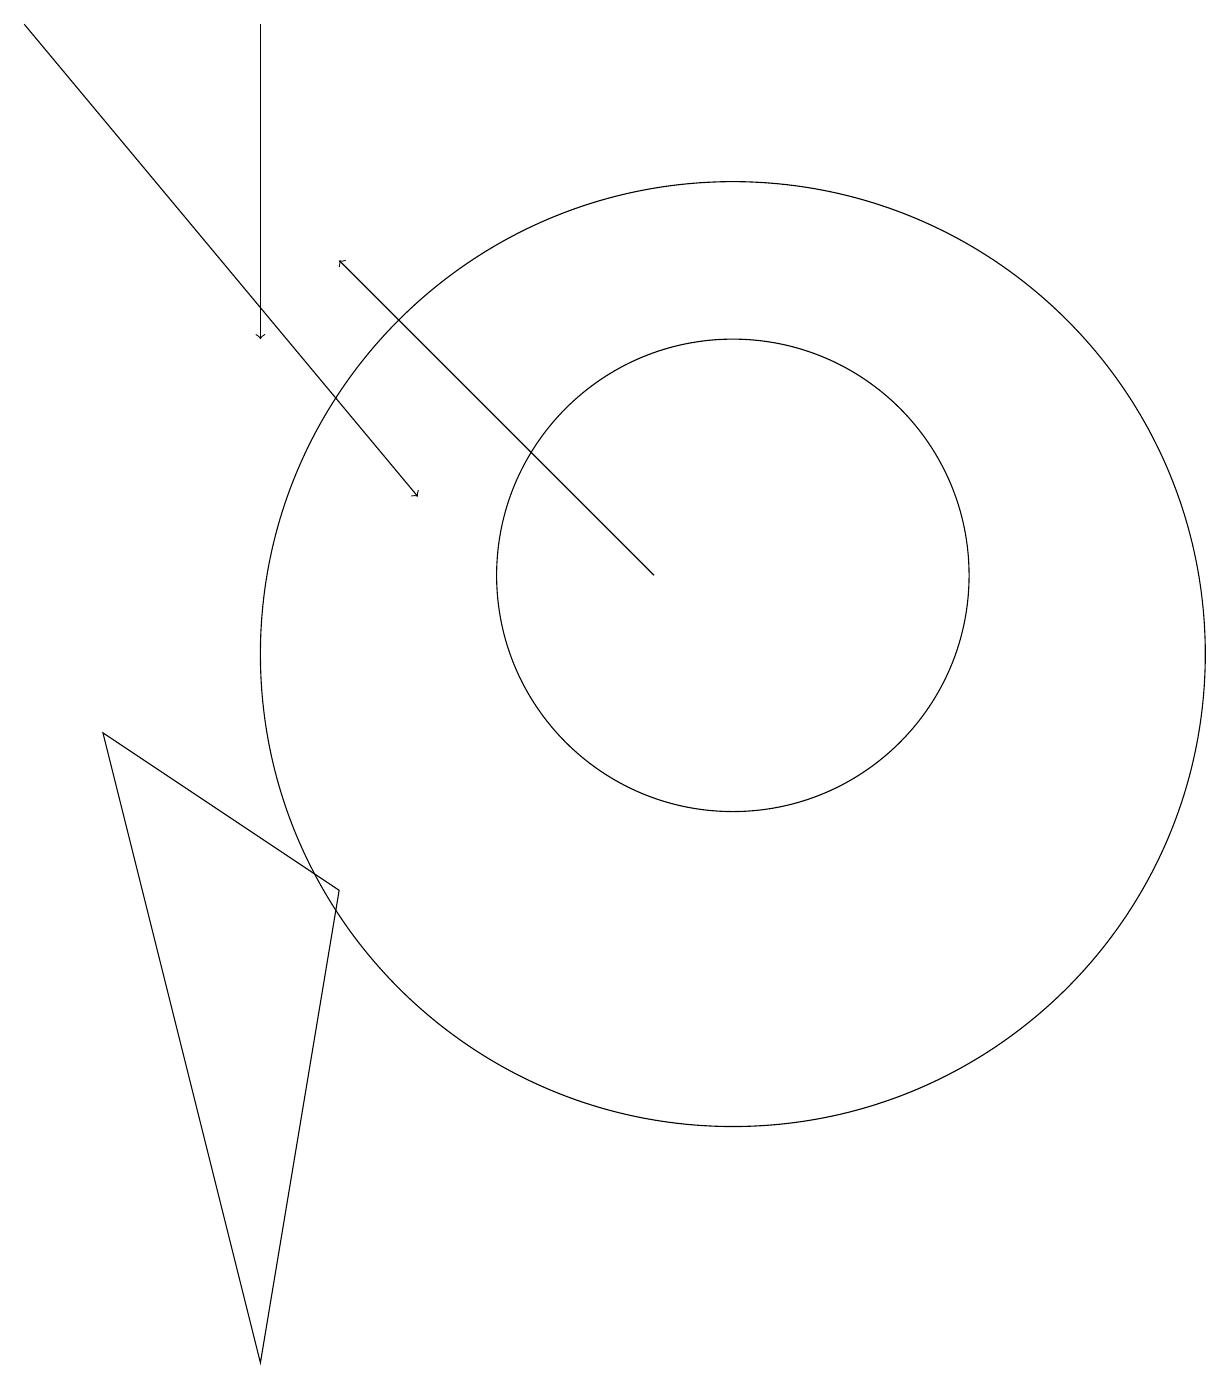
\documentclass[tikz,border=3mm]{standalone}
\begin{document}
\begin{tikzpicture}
\draw (5,7) -- (2,9) -- (4,1) -- cycle;
\draw (10,11) circle (3);
\draw[->] (4,18) -- (4,14);
\draw (10,10) circle (6);
\draw[->] (1,18) -- (6,12);
\draw[->] (9,11) -- (5,15);
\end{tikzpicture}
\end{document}